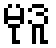
မုဒူ